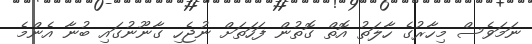
ނަމަވެސް މިހާރުގެ ހާލަތު އޮތް ގޮތުން ފަހަތަށް ނުޖެހި ގާނޫނުގައި ބުނާ އެންމެ